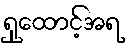
ရှုထောင့်အရ